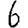
Digit: 6